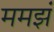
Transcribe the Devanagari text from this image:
ममझं